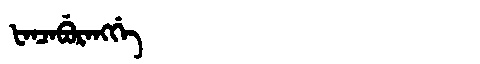
Manchu: ᡶᠠᠨᠴᠠᠪᡠᡵᠠᠩᡤᡝ
Romanization: FANCABURANGGE